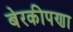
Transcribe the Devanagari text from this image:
बेरकीपणा